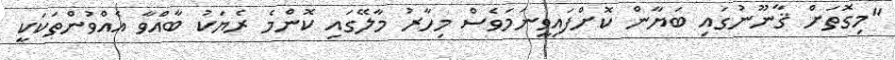
"މިގޮތަށް ޤާނޫނުގައި ބަޔާން ކޮށްފައިވީނަމަވެސް މިހާރު މާލޭގައި ކޮންމެ ރެޔަކު ބާއްވާ އެއްވުންތަކަކީ